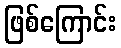
ဖြစ်ကြောင်း